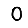
Digit: 0